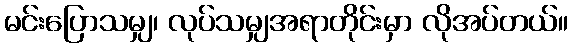
မင်းပြောသမျှ၊ လုပ်သမျှအရာတိုင်းမှာ လိုအပ်တယ်။